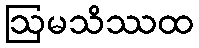
ဩမသိဿထ